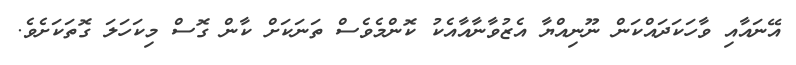
އޭނައާއި ވާހަކަދައްކަން ނޫނިއްޔާ އެޒުވާނާއާއެކު ކޮންމެވެސް ތަނަކަށް ކާން ގޮސް މިކަހަލަ ގޮތަކަށެވެ.